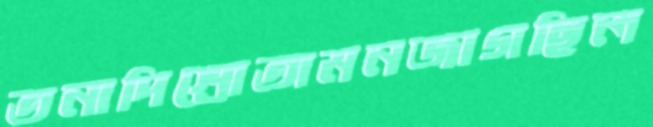
তনাদিশ্রোতামনজাগছিল